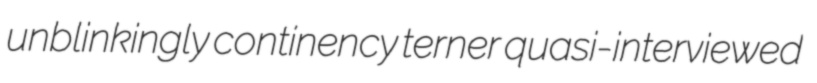
unblinkingly continency terner quasi-interviewed